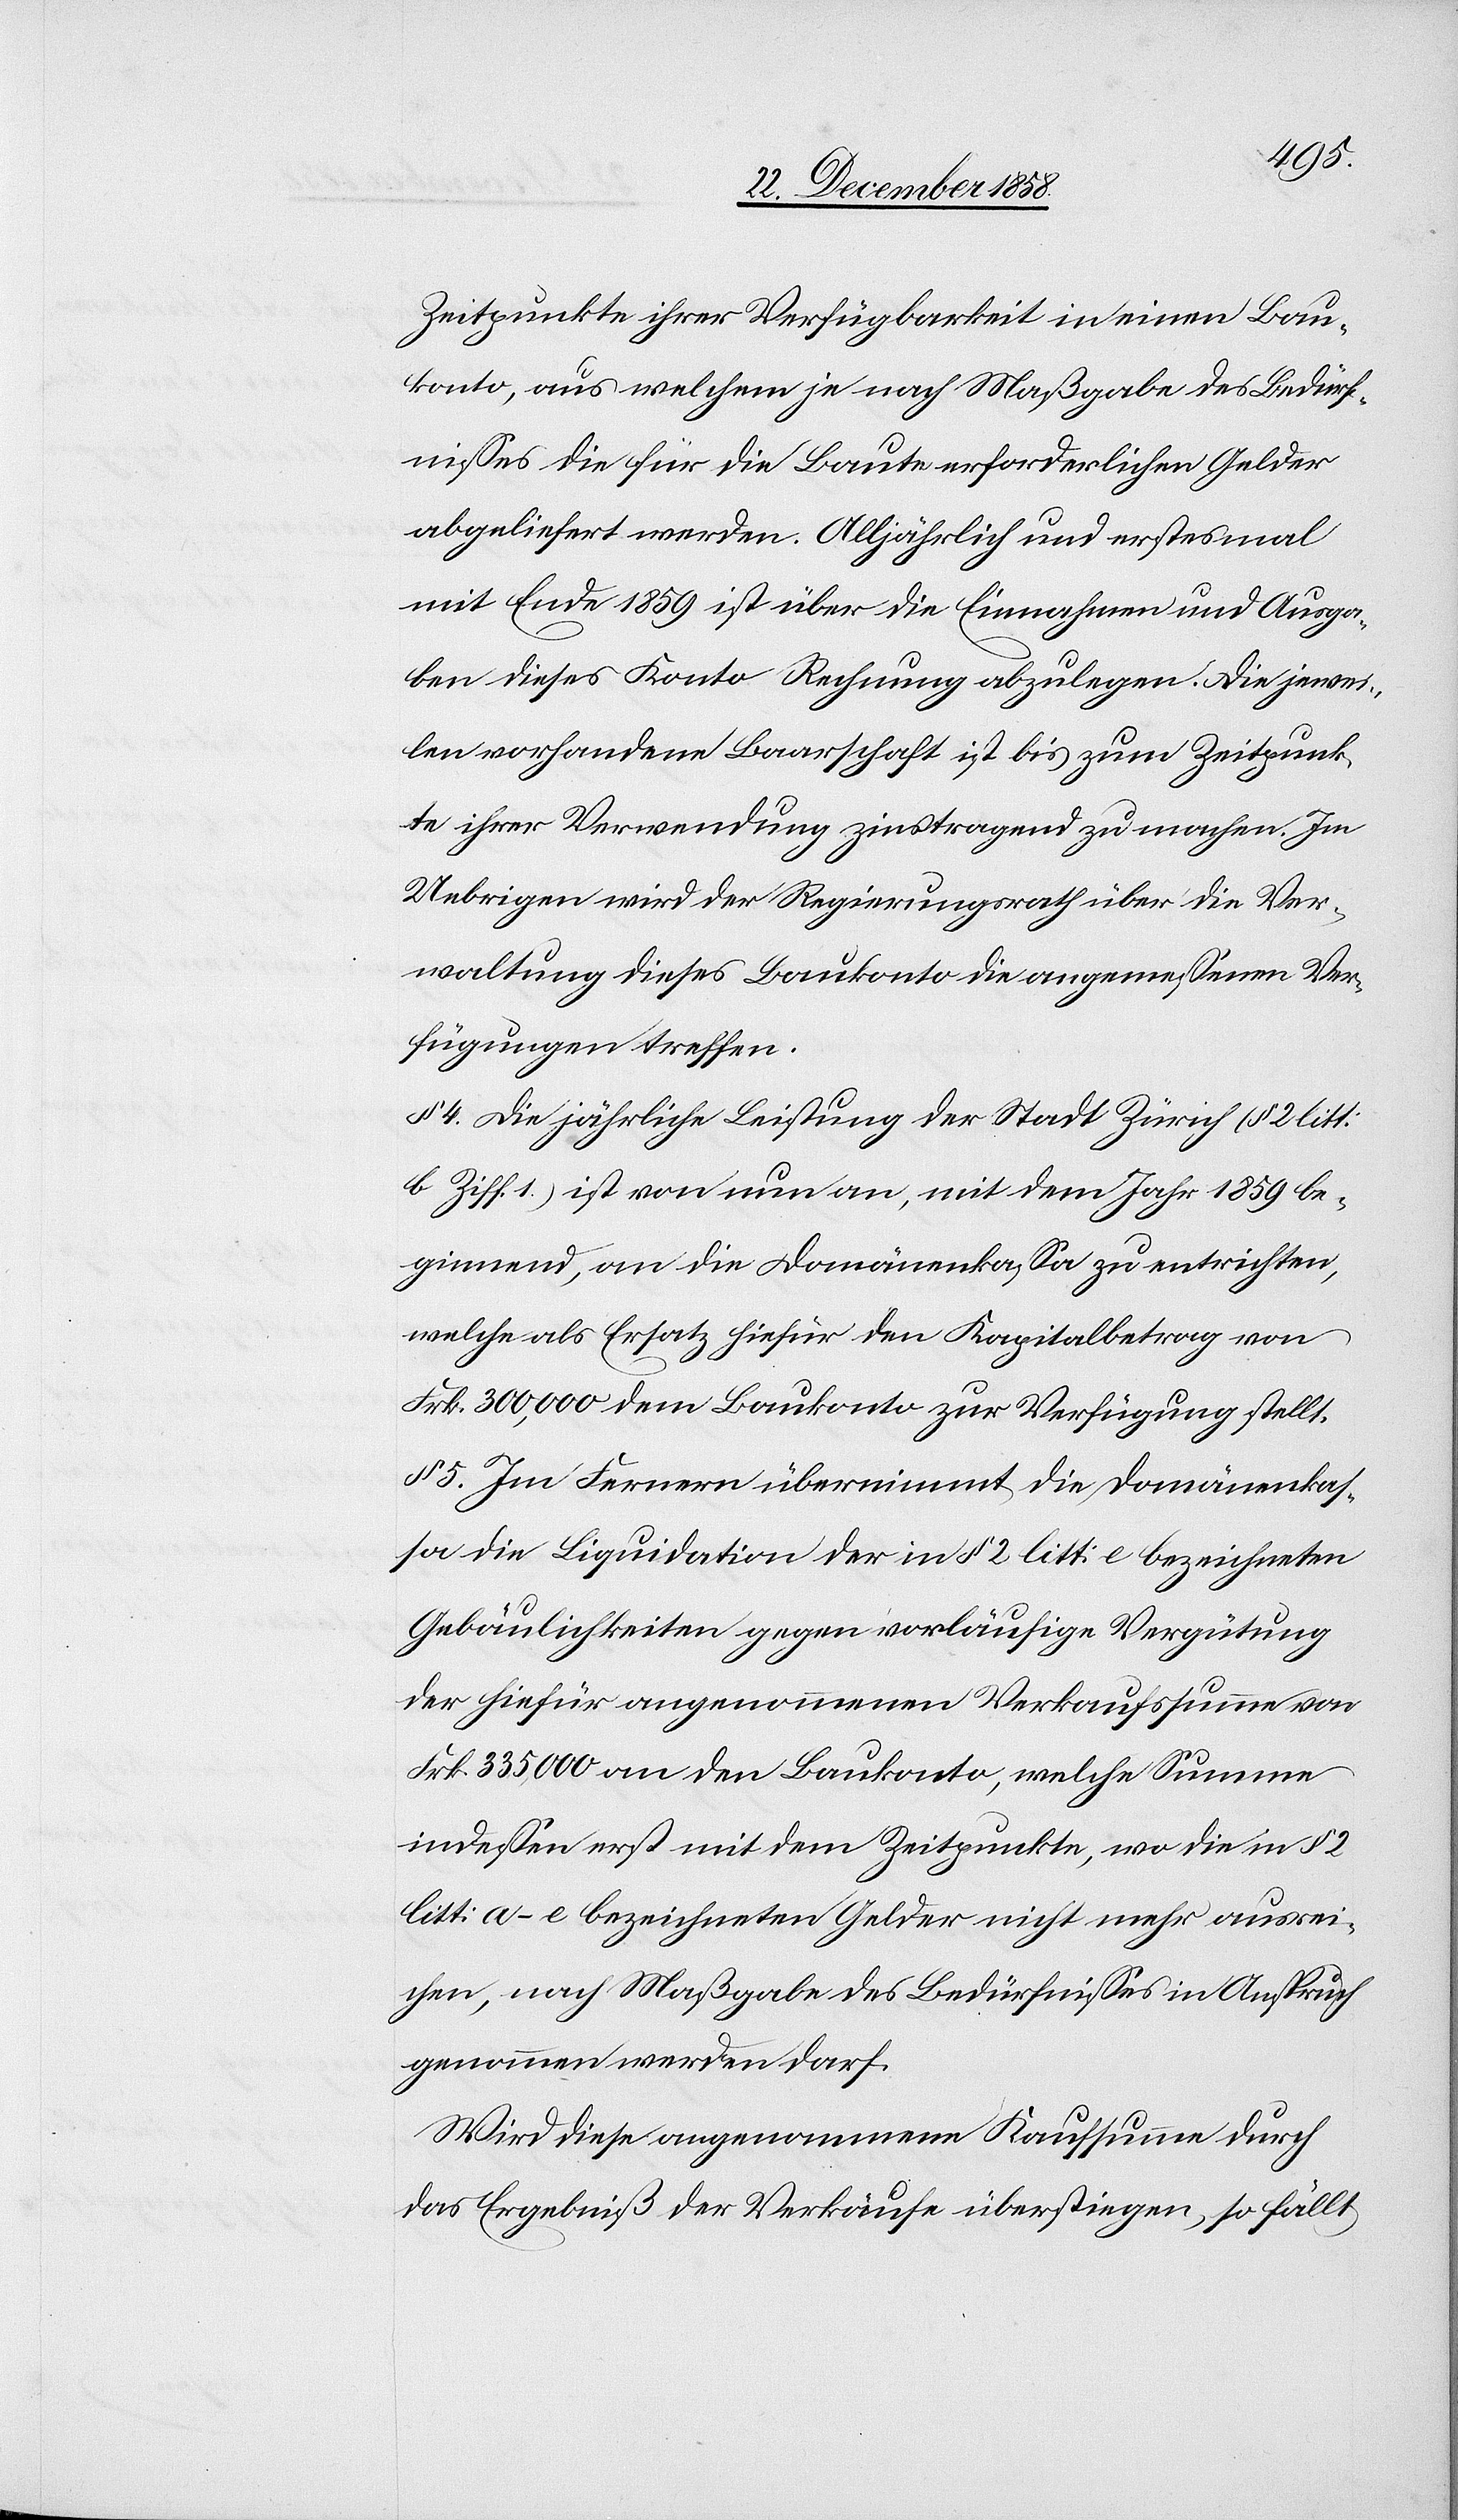
Zeitpunkte ihrer Verfügbarkeit in einen Bau¬
konto, aus welchem je nach Maßgabe des Bedürf¬
nisses die für die Baute erforderlichen Gelder
abgeliefert werden. Alljährlich und erstesmal
mit Ende 1859 ist über die Einnahmen und Ausga¬
ben dieses Konto Rechnung abzulegen. Die jewei¬
len vorhandene Baarschaft ist bis zum Zeitpunk¬
te ihrer Verwendung zinstragend zu machen. Im
Uebrigen wird der Regierungsrath über die Ver¬
waltung dieses Baukonto die angemessenen Ver¬
fügungen treffen.
§ 4. Die jährliche Leistung der Stadt Zürich (§ 2 litt:
b Ziff. 1.) ist von nun an, mit dem Jahr 1859 be¬
ginnend, an die Domänenkassa zu entrichten,
welche als Ersatz hiefür den Kapitalbetrag von
Frk. 300,000 dem Baukonto zur Verfügung stellt.
§ 5. Im Fernern übernimmt die Domänenkas¬
sa die Liquidation der in § 2 litt: e bezeichneten
Gebäulichkeiten gegen vorläufige Vergütung
der hiefür angenommenen Verkaufssumme von
Frk. 335,000 an den Baukonto, welche Summe
indessen erst mit dem Zeitpunkte, wo die in § 2
litt: a–e bezeichneten Gelder nicht mehr ausrei¬
chen, nach Maßgabe des Bedürfnisses in Anspruch
genommen werden darf.
Wird diese angenommene Kaufsumme durch
das Ergebniß der Verkäufe überstiegen, so fällt